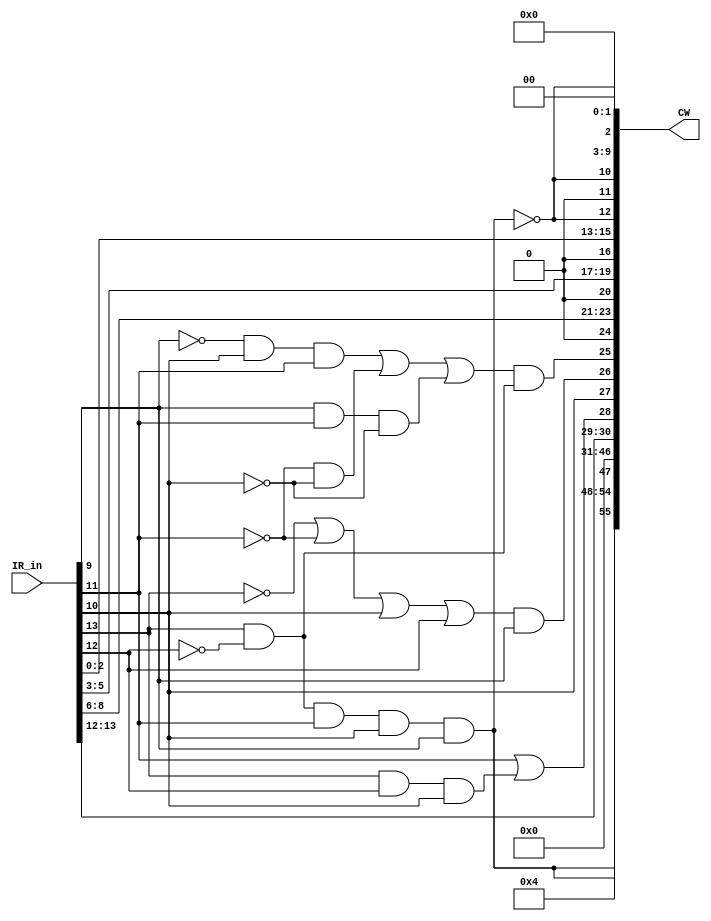
// Copyright (C) 1991-2013 Altera Corporation
// Your use of Altera Corporation's design tools, logic functions 
// and other software and tools, and its AMPP partner logic 
// functions, and any output files from any of the foregoing 
// (including device programming or simulation files), and any 
// associated documentation or information are expressly subject 
// to the terms and conditions of the Altera Program License 
// Subscription Agreement, Altera MegaCore Function License 
// Agreement, or other applicable license agreement, including, 
// without limitation, that your use is for the sole purpose of 
// programming logic devices manufactured by Altera and sold by 
// Altera or its authorized distributors.  Please refer to the 
// applicable agreement for further details.

// PROGRAM		"Quartus II 64-Bit"
// VERSION		"Version 13.0.1 Build 232 06/12/2013 Service Pack 1 SJ Web Edition"
// CREATED		"Tue Mar 28 20:51:35 2017"

module Execute0_01(
	IR_in,
	CW
);


input wire	[15:0] IR_in;
output wire	[55:0] CW;

wire	[55:0] CW_ALTERA_SYNTHESIZED;
wire	SYNTHESIZED_WIRE_24;
wire	SYNTHESIZED_WIRE_25;
wire	SYNTHESIZED_WIRE_26;
wire	SYNTHESIZED_WIRE_3;
wire	SYNTHESIZED_WIRE_4;
wire	SYNTHESIZED_WIRE_5;
wire	SYNTHESIZED_WIRE_6;
wire	SYNTHESIZED_WIRE_7;
wire	SYNTHESIZED_WIRE_9;
wire	SYNTHESIZED_WIRE_10;
wire	SYNTHESIZED_WIRE_11;
wire	SYNTHESIZED_WIRE_13;
wire	SYNTHESIZED_WIRE_15;
wire	SYNTHESIZED_WIRE_18;
wire	SYNTHESIZED_WIRE_27;
wire	SYNTHESIZED_WIRE_20;
wire	SYNTHESIZED_WIRE_22;
wire	SYNTHESIZED_WIRE_23;






assign	SYNTHESIZED_WIRE_22 =  ~SYNTHESIZED_WIRE_24;

assign	SYNTHESIZED_WIRE_23 =  ~SYNTHESIZED_WIRE_25;

assign	SYNTHESIZED_WIRE_11 = IR_in[9] & IR_in[11] & SYNTHESIZED_WIRE_26;

assign	SYNTHESIZED_WIRE_9 = SYNTHESIZED_WIRE_3 & IR_in[10] & IR_in[11];

assign	SYNTHESIZED_WIRE_6 = IR_in[13] & SYNTHESIZED_WIRE_4;

assign	CW_ALTERA_SYNTHESIZED[25] = SYNTHESIZED_WIRE_5 & SYNTHESIZED_WIRE_6;

assign	SYNTHESIZED_WIRE_10 = SYNTHESIZED_WIRE_7 & SYNTHESIZED_WIRE_26;

assign	SYNTHESIZED_WIRE_5 = SYNTHESIZED_WIRE_9 | SYNTHESIZED_WIRE_10 | SYNTHESIZED_WIRE_11;

assign	CW_ALTERA_SYNTHESIZED[28] = SYNTHESIZED_WIRE_25 | SYNTHESIZED_WIRE_13;


assign	SYNTHESIZED_WIRE_4 =  ~IR_in[12];

assign	SYNTHESIZED_WIRE_7 =  ~IR_in[11];

assign	SYNTHESIZED_WIRE_26 =  ~IR_in[10];

assign	SYNTHESIZED_WIRE_3 =  ~IR_in[9];


assign	CW_ALTERA_SYNTHESIZED[12] =  ~CW_ALTERA_SYNTHESIZED[47];


assign	SYNTHESIZED_WIRE_13 = IR_in[13] & IR_in[12] & IR_in[10];

assign	CW_ALTERA_SYNTHESIZED[23] = IR_in[8];


assign	CW_ALTERA_SYNTHESIZED[22] = IR_in[7];


assign	CW_ALTERA_SYNTHESIZED[21] = IR_in[6];


assign	CW_ALTERA_SYNTHESIZED[19] = IR_in[5];


assign	SYNTHESIZED_WIRE_18 = SYNTHESIZED_WIRE_24 & SYNTHESIZED_WIRE_15 & SYNTHESIZED_WIRE_25 & CW_ALTERA_SYNTHESIZED[27];

assign	CW_ALTERA_SYNTHESIZED[18] = IR_in[4];


assign	CW_ALTERA_SYNTHESIZED[17] = IR_in[3];


assign	CW_ALTERA_SYNTHESIZED[15] = IR_in[2];


assign	CW_ALTERA_SYNTHESIZED[14] = IR_in[1];


assign	CW_ALTERA_SYNTHESIZED[13] = IR_in[0];


assign	CW_ALTERA_SYNTHESIZED[30] = SYNTHESIZED_WIRE_24;


assign	CW_ALTERA_SYNTHESIZED[55] = CW_ALTERA_SYNTHESIZED[47];


assign	CW_ALTERA_SYNTHESIZED[10] = CW_ALTERA_SYNTHESIZED[12];


assign	CW_ALTERA_SYNTHESIZED[27] = IR_in[10];


assign	CW_ALTERA_SYNTHESIZED[47] = SYNTHESIZED_WIRE_18 & SYNTHESIZED_WIRE_27;

assign	SYNTHESIZED_WIRE_25 = IR_in[11];


assign	CW_ALTERA_SYNTHESIZED[29] = IR_in[12];


assign	CW_ALTERA_SYNTHESIZED[2] = CW_ALTERA_SYNTHESIZED[10];


assign	SYNTHESIZED_WIRE_27 = IR_in[9];


assign	SYNTHESIZED_WIRE_24 = IR_in[13];


assign	SYNTHESIZED_WIRE_15 =  ~CW_ALTERA_SYNTHESIZED[29];

assign	CW_ALTERA_SYNTHESIZED[26] = SYNTHESIZED_WIRE_20 & SYNTHESIZED_WIRE_27;

assign	SYNTHESIZED_WIRE_20 = SYNTHESIZED_WIRE_22 | SYNTHESIZED_WIRE_23 | CW_ALTERA_SYNTHESIZED[27] | CW_ALTERA_SYNTHESIZED[29];

assign	CW = CW_ALTERA_SYNTHESIZED;
assign	CW_ALTERA_SYNTHESIZED[53] = 0;
assign	CW_ALTERA_SYNTHESIZED[52] = 0;
assign	CW_ALTERA_SYNTHESIZED[51] = 0;
assign	CW_ALTERA_SYNTHESIZED[49] = 0;
assign	CW_ALTERA_SYNTHESIZED[48] = 0;
assign	CW_ALTERA_SYNTHESIZED[45] = 0;
assign	CW_ALTERA_SYNTHESIZED[44] = 0;
assign	CW_ALTERA_SYNTHESIZED[43] = 0;
assign	CW_ALTERA_SYNTHESIZED[42] = 0;
assign	CW_ALTERA_SYNTHESIZED[41] = 0;
assign	CW_ALTERA_SYNTHESIZED[40] = 0;
assign	CW_ALTERA_SYNTHESIZED[39] = 0;
assign	CW_ALTERA_SYNTHESIZED[38] = 0;
assign	CW_ALTERA_SYNTHESIZED[37] = 0;
assign	CW_ALTERA_SYNTHESIZED[36] = 0;
assign	CW_ALTERA_SYNTHESIZED[35] = 0;
assign	CW_ALTERA_SYNTHESIZED[34] = 0;
assign	CW_ALTERA_SYNTHESIZED[33] = 0;
assign	CW_ALTERA_SYNTHESIZED[32] = 0;
assign	CW_ALTERA_SYNTHESIZED[31] = 0;
assign	CW_ALTERA_SYNTHESIZED[16] = 0;
assign	CW_ALTERA_SYNTHESIZED[9] = 0;
assign	CW_ALTERA_SYNTHESIZED[8] = 0;
assign	CW_ALTERA_SYNTHESIZED[7] = 0;
assign	CW_ALTERA_SYNTHESIZED[6] = 0;
assign	CW_ALTERA_SYNTHESIZED[5] = 0;
assign	CW_ALTERA_SYNTHESIZED[4] = 0;
assign	CW_ALTERA_SYNTHESIZED[3] = 0;
assign	CW_ALTERA_SYNTHESIZED[1] = 0;
assign	CW_ALTERA_SYNTHESIZED[0] = 0;
assign	CW_ALTERA_SYNTHESIZED[54] = 0;
assign	CW_ALTERA_SYNTHESIZED[50] = 1;
assign	CW_ALTERA_SYNTHESIZED[20] = 0;
assign	CW_ALTERA_SYNTHESIZED[24] = 0;
assign	CW_ALTERA_SYNTHESIZED[11] = 0;
assign	CW_ALTERA_SYNTHESIZED[46] = 0;

endmodule